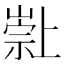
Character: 𱜌